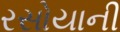
રસોયાની